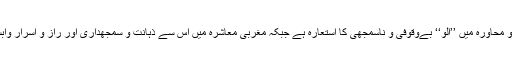
مثلاً اردو محاورہ میں ’’اُلو‘‘ بےوقوفی و ناسمجھی کا استعارہ ہے جبکہ مغربی معاشرہ میں اس سے ذہانت و سمجھداری اور راز و اسرار وابستہ ہے۔